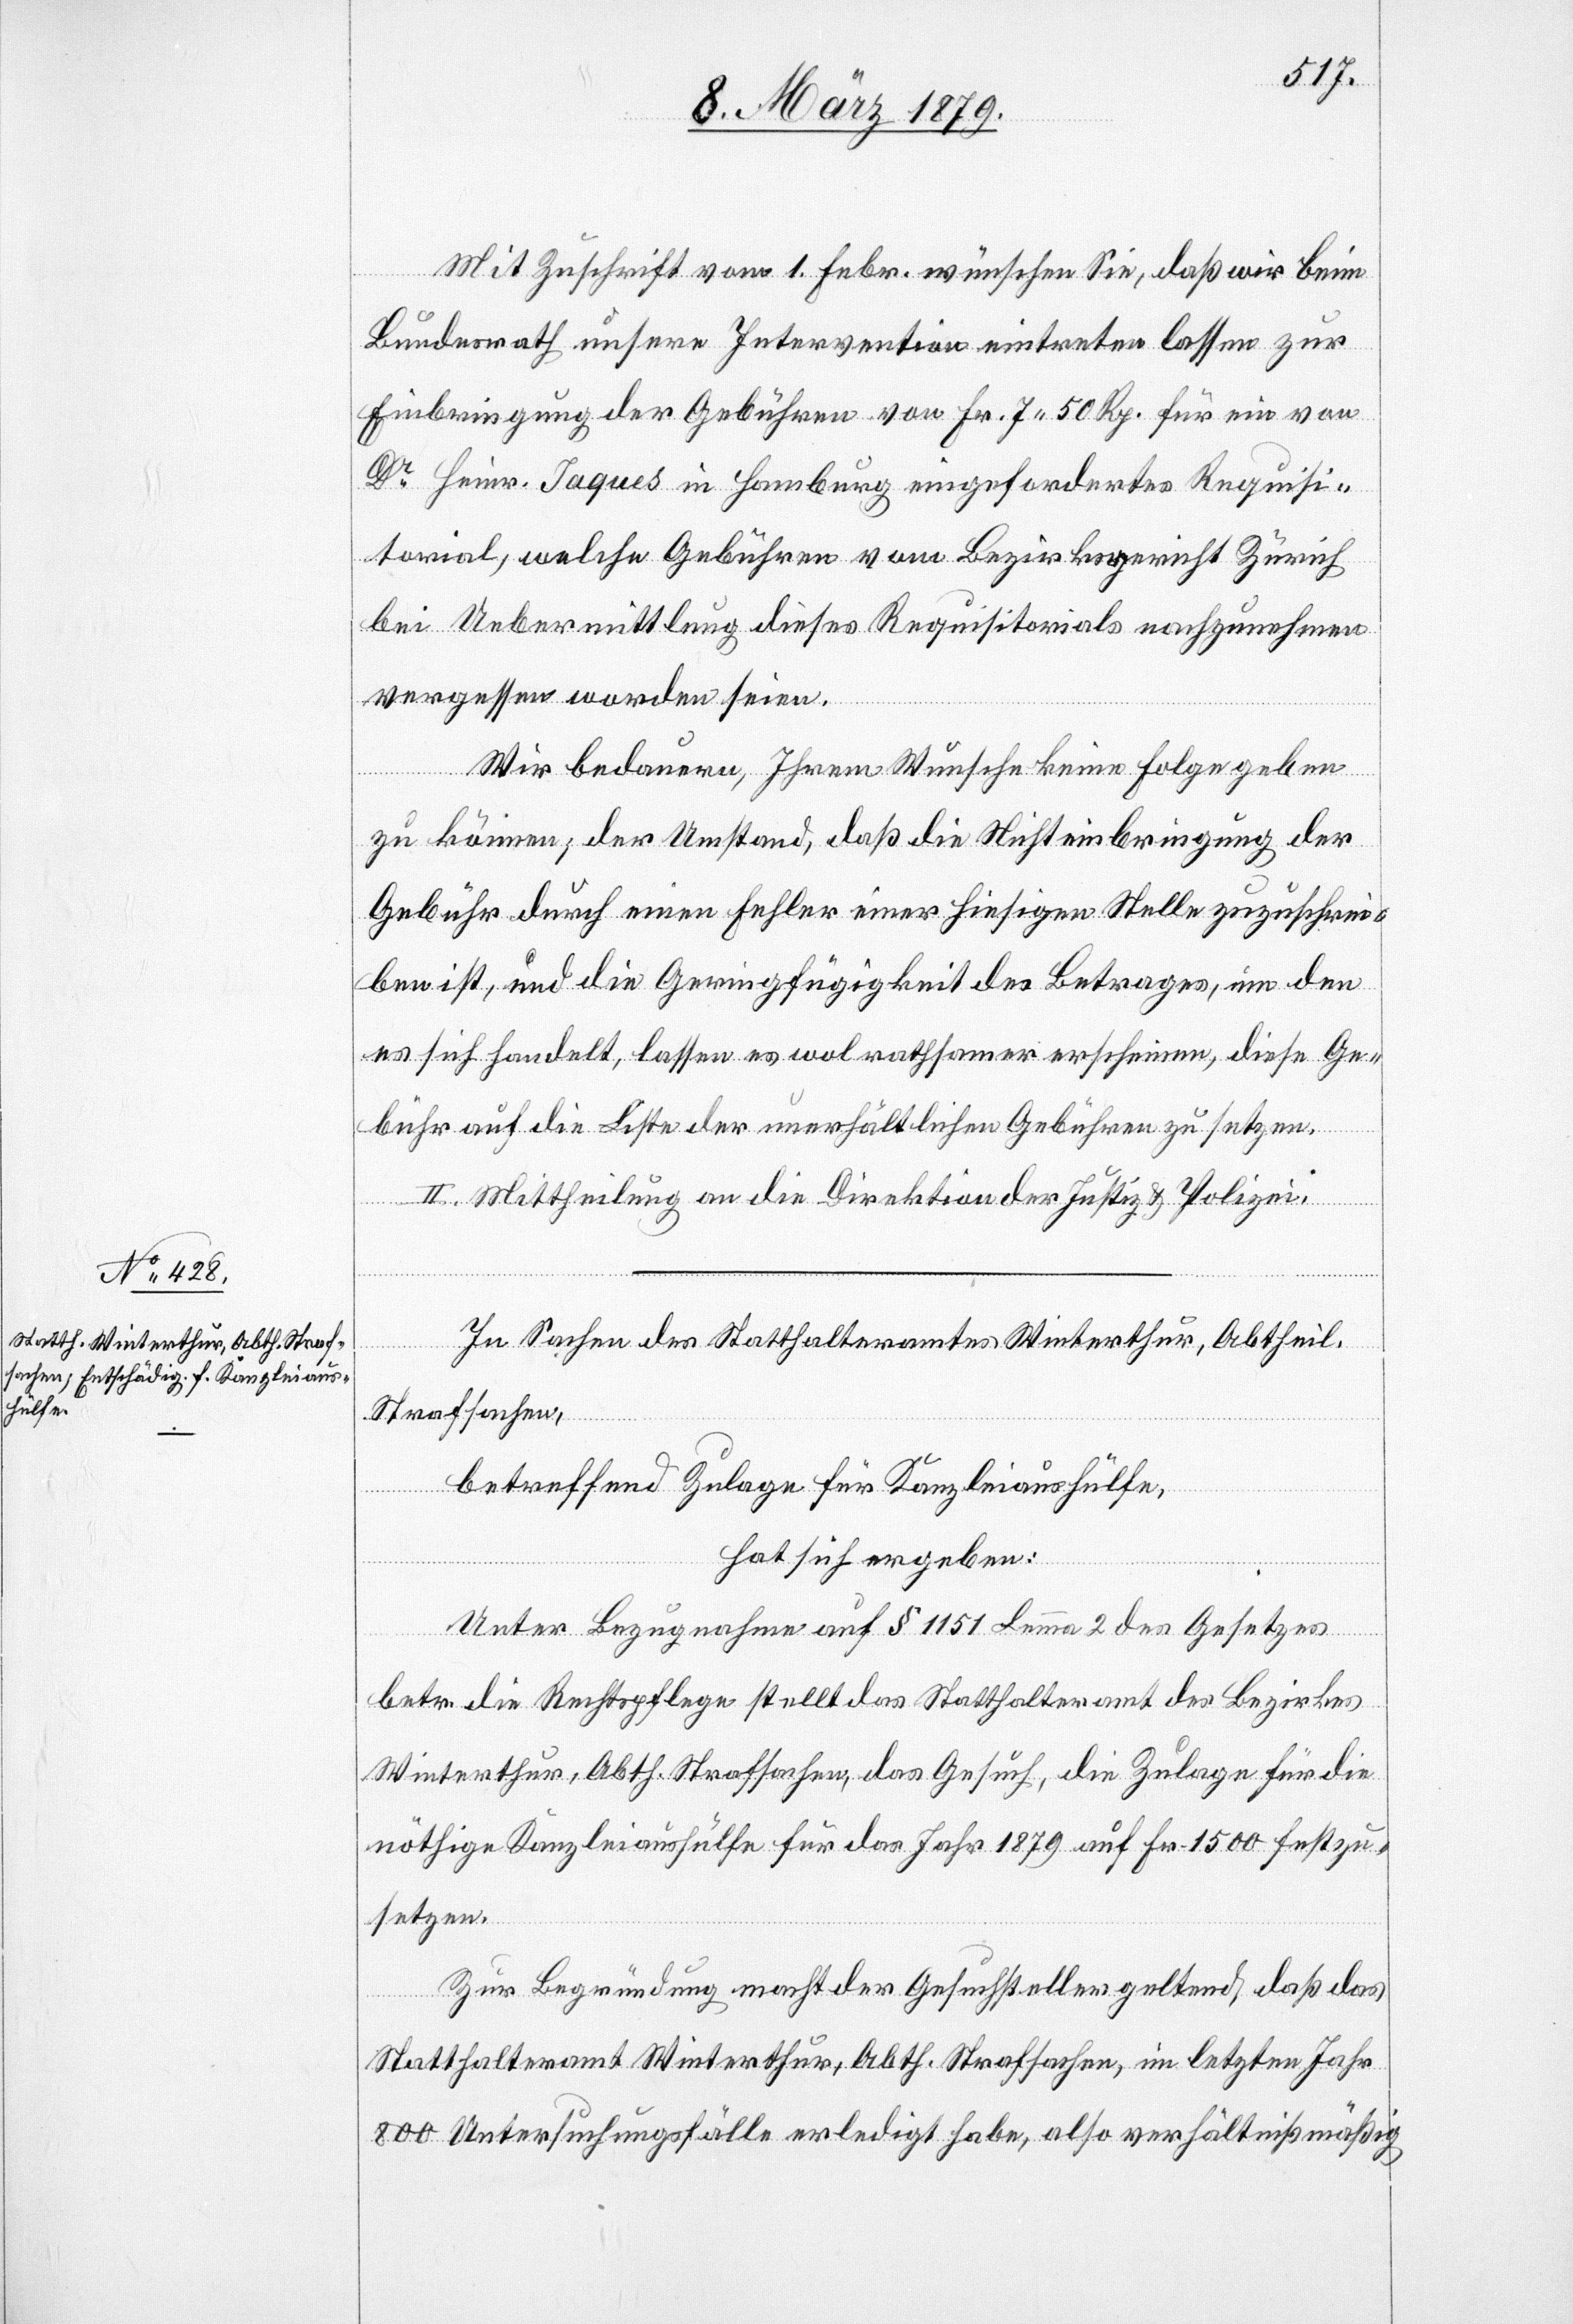
Mit Zuschrift vom 1. Febr. wünschen Sie, daß wir beim
Bundesrath unsere Intervention eintreten lassen zur
Einbringung der Gebühren von Fr. 7 50 Rp. für ein von
Dr Heinr. Jaques in Hamburg eingefordertes Requisi¬
torial, welche Gebühren vom Bezirksgericht Zürich
bei Uebermittlung dieses Requisitorials nachzunehmen
vergessen worden seien.
Wir bedauern, Ihrem Wunsche keine Folge geben
zu können; der Umstand, daß die Nichteinbringung der
Gebühr durch einen Fehler einer hiesigen Stelle zuzuschrei¬
ben ist, und die Geringfügigkeit des Betrages, um den
es sich handelt, lassen es wol rathsamer erscheinen, diese Ge¬
bühr auf die Liste der unerhältlichen Gebühren zu setzen.
II. Mittheilung an die Direktion der Justiz & Polizei.
In Sachen des Statthalteramtes Winterthur, Abtheil.
Strafsachen,
betreffend Zulage für Kanzleiaushülfe,
hat sich ergeben:
Unter Bezugnahme auf § 1151 Lemma 2 des Gesetzes
betr. die Rechtspflege stellt das Statthalteramt des Bezirkes
Winterthur, Abth. Strafsachen, das Gesuch, die Zulage für die
nöthige Kanzleiaushülfe für das Jahr 1879 auf Fr. 1500 festzu¬
setzen.
Zur Begründung macht der Gesuchsteller geltend, daß das
Statthalteramt Winterthur, Abth. Strafsachen, im letzten Jahr
800 Untersuchungsfälle erledigt habe, also verhältnißmäßig